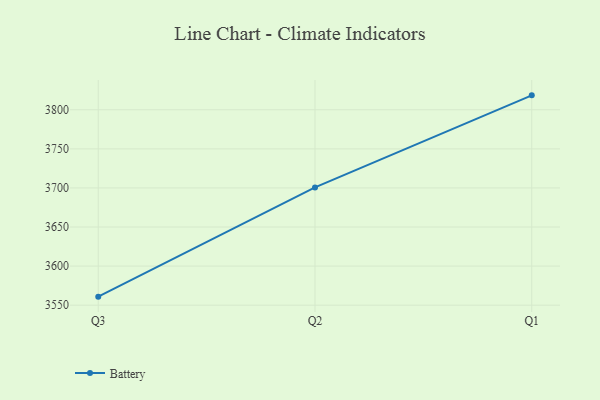
{"axis": {"x": "Quarter", "y": "Temperature (°C)"}, "legend": ["Battery"], "data": [{"x": "Q3", "y": 3560.9, "type": "Battery"}, {"x": "Q2", "y": 3700.7, "type": "Battery"}, {"x": "Q1", "y": 3818.5, "type": "Battery"}]}